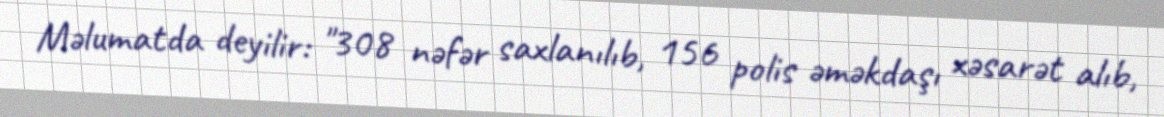
Məlumatda deyilir: "308 nəfər saxlanılıb, 156 polis əməkdaşı xəsarət alıb,